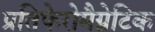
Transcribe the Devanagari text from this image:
प्रतिफेरोमैग्नेटिक